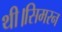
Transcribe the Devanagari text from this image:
थी।सिमरन